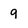
Character: 9